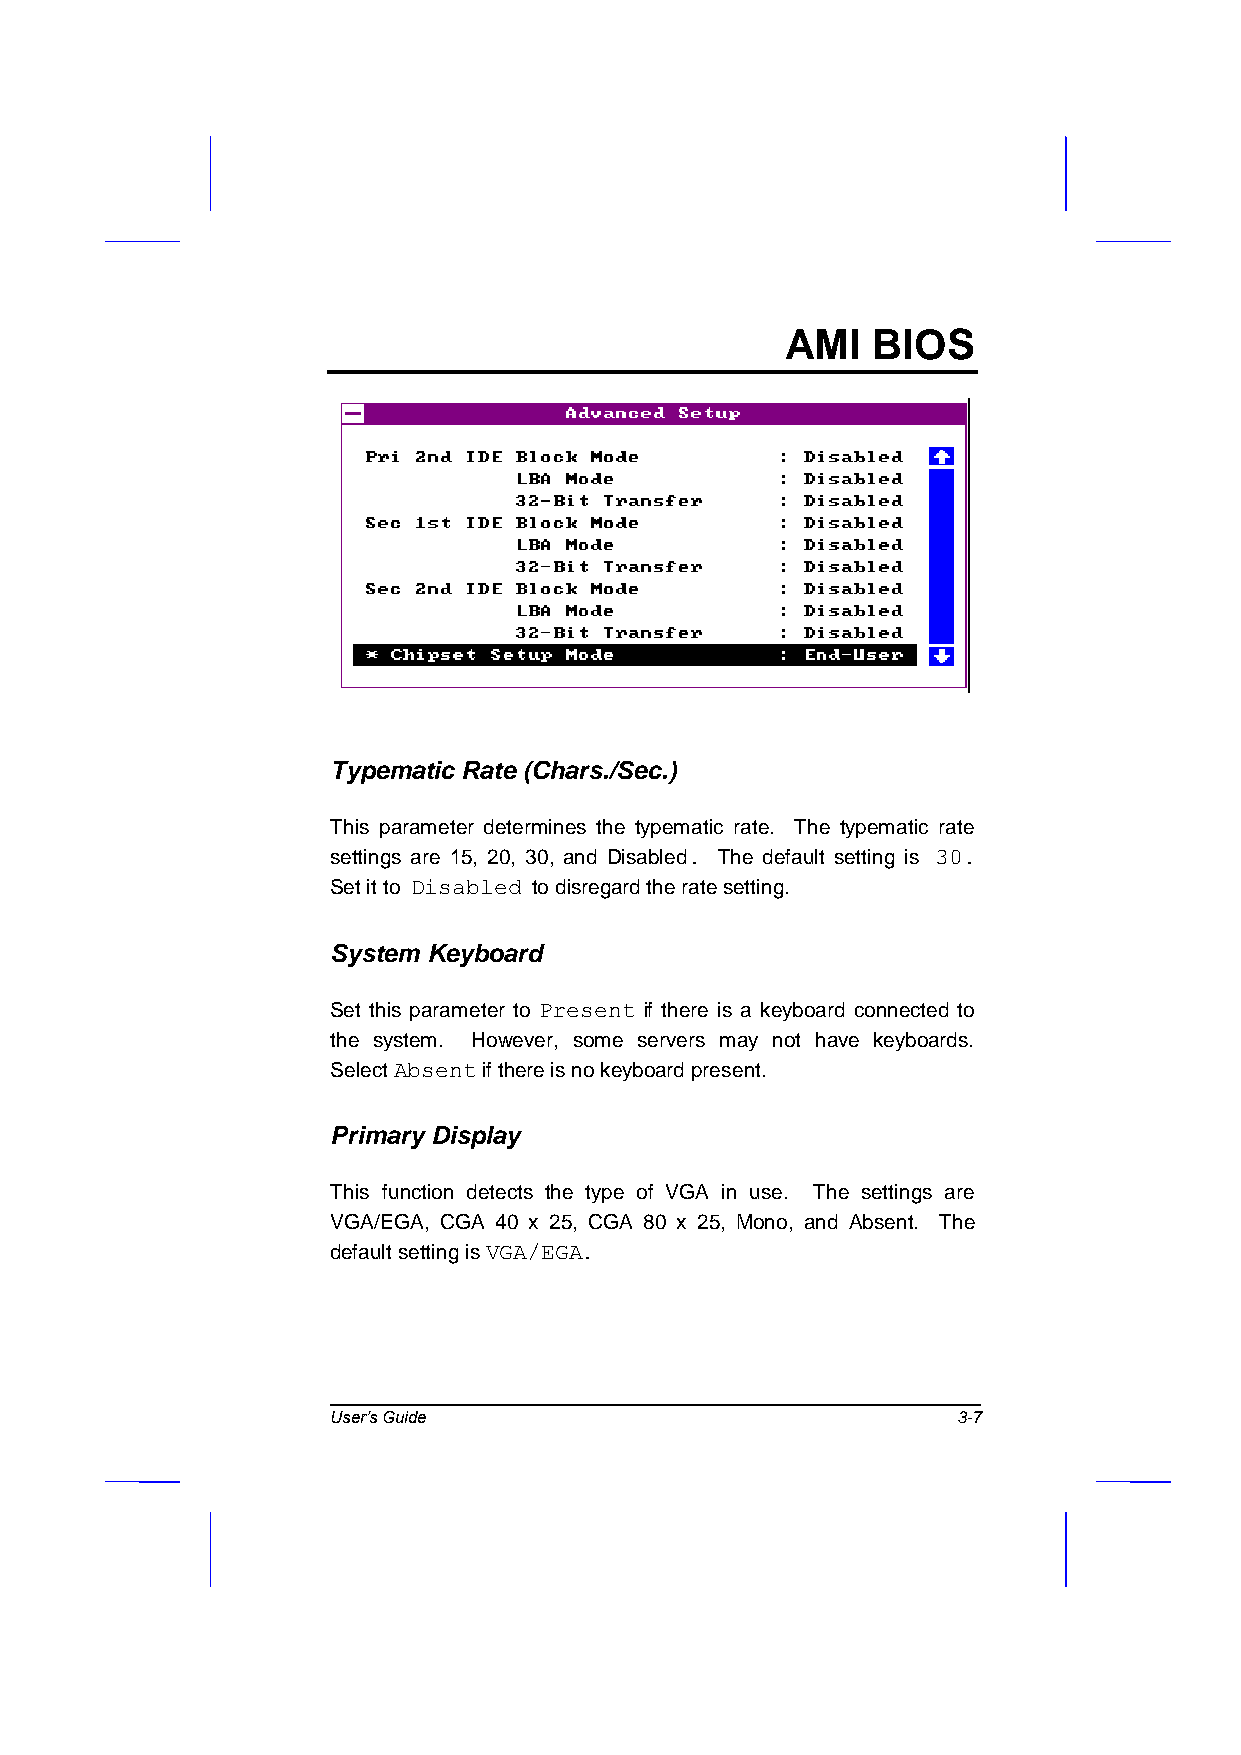
AMI   BIOS
 Typematic Rate (Chars./Sec.)
 This parameter determines the typematic rate. The typematic rate
 settings are 15, 20, 30, and Disabled. The default setting is 30.
 Set it to Disabled to disregard the rate setting.
 System Keyboard
 Set this parameter to Present if there is a keyboard connected to
 the system. However, some servers may not have keyboards.
 Select Absent if there is no keyboard present.
 Primary Display
 This function detects the type of VGA in use. The settings are
 VGA/EGA, CGA 40 x 25, CGA 80 x 25, Mono, and Absent. The
 default setting is VGA/EGA.
 User’s Guide                             3-7